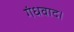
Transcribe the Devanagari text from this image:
गंधवाद।